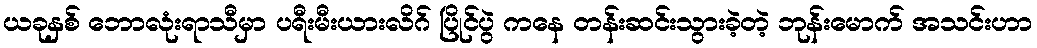
ယခုနှစ် ဘောလုံးရာသီမှာ ပရီးမီးယားလိဂ် ပြိုင်ပွဲ ကနေ တန်းဆင်းသွားခဲ့တဲ့ ဘုန်းမောက် အသင်းဟာ